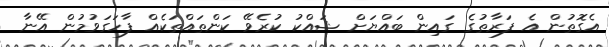
އެގޮތުން އެ ފަރާތުގެ ގައިން ބައްޔަށް ޝައްކު ކުރެވޭ ކަންތައްތަކެއް ފާހަގަވުމުން އޭނާ